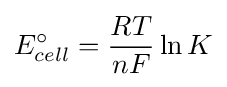
E_{cell}^{\circ }={\frac {RT}{nF}}\ln K